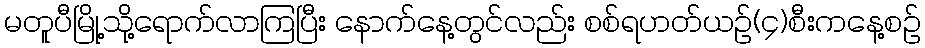
မတူပီမြို့သို့ရောက်လာကြပြီး နောက်နေ့တွင်လည်း စစ်ရဟတ်ယဉ်(၄)စီးကနေ့စဉ်